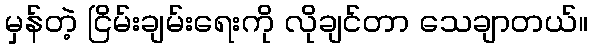
မှန်တဲ့ ငြိမ်းချမ်းရေးကို လိုချင်တာ သေချာတယ်။